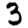
Digit: 3